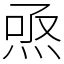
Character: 焏